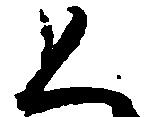
く